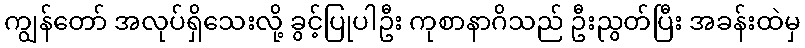
ကျွန်တော် အလုပ်ရှိသေးလို့ ခွင့်ပြုပါဦး ကုစာနာဂိသည် ဦးညွတ်ပြီး အခန်းထဲမှ